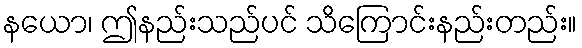
နယော၊ ဤနည်းသည်ပင် သိကြောင်းနည်းတည်း။